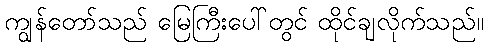
ကျွန်တော်သည် မြေကြီးပေါ်တွင် ထိုင်ချလိုက်သည်။